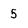
Character: 5